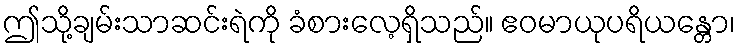
ဤသို့ချမ်းသာဆင်းရဲကို ခံစားလေ့ရှိသည်။ ဧဝမာယုပရိယန္တော၊